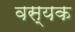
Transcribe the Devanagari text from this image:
वस्यक